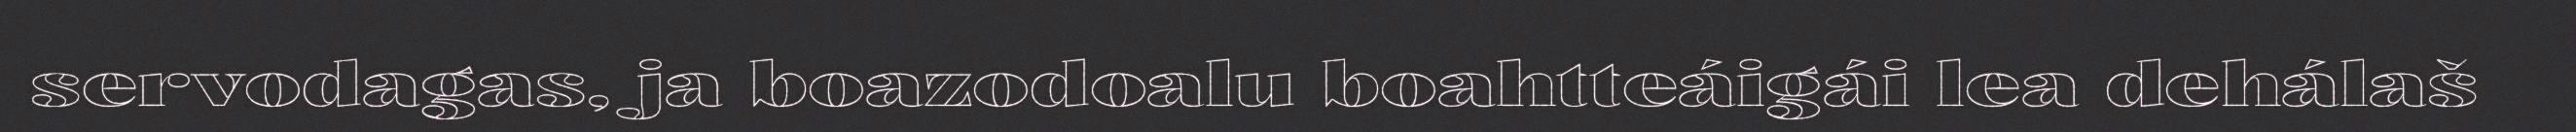
servodagas, ja boazodoalu boahtteáigái lea dehálaš